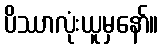
ပိဿာလုံးယူမှနော်။